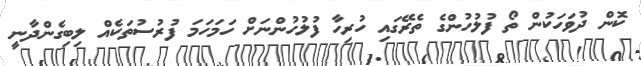
ކޮން ދުވަހަކުން ތޯ ފުލުހުންގެ ތެރޭގައި ހުރިހާ ފުލުހުންނަށް ހަމަހަމަ ފުރުސުތަކެެއް ލިބިގެންދާނީ